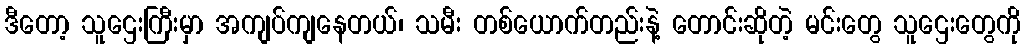
ဒီတော့ သူဌေးကြီးမှာ အကျပ်ကျနေတယ်၊ သမီး တစ်ယောက်တည်းနဲ့ တောင်းဆိုတဲ့ မင်းတွေ သူဌေးတွေကို